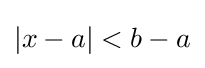
|x-a|<b-a